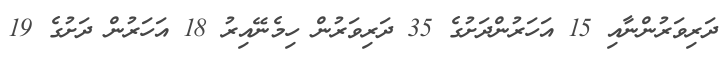
ދަރިވަރުންނާއި 15 އަހަރުންދަށުގެ 35 ދަރިވަރުން ހިމެނޭއިރު 18 އަހަރުން ދަށުގެ 19